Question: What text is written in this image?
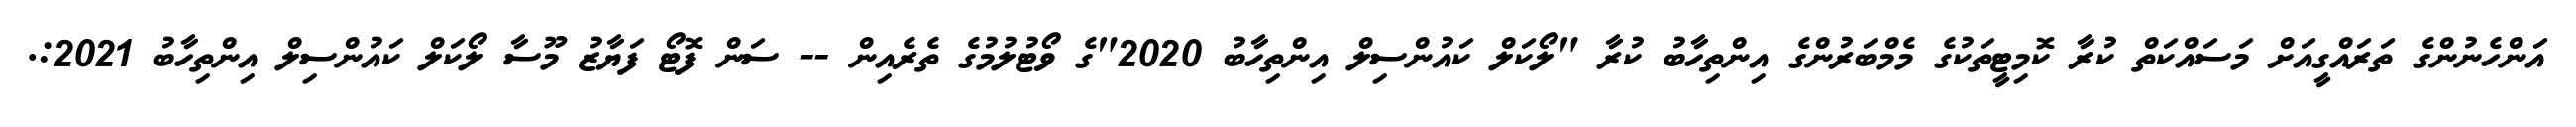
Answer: އަންހެނުންގެ ތަރައްގީއަށް މަސައްކަތް ކުރާ ކޮމިޓީތަކުގެ މެމްބަރުންގެ އިންތިހާބު ކުރާ "ލޯކަލް ކައުންސިލް އިންތިހާބު 2020"ގެ ވޯޓުލުމުގެ ތެރެއިން -- ސަން ފޮޓޯ ފަޔާޒު މޫސާ ލޯކަލް ކައުންސިލް އިންތިހާބު 2021:.